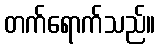
တက်ရောက်သည်။